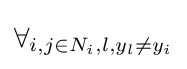
\forall _{i,j\in N_{i},l,y_{l}\neq y_{i}}